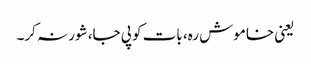
یعنی خاموش رہ، بات کو پی جا، شور نہ کر۔